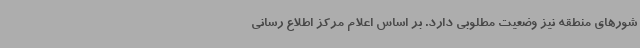
شورهای منطقه نیز وضعیت مطلوبی دارد. بر اساس اعلام مرکز اطلاع رسانی